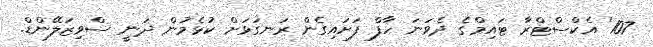
107' އެކްސްޓްރާ ޓައިމްގެ ދެވަނަ ހާފް ފަށައިގެން ރަނގަޅަށް ކުޅެމުން ދަނީ ސްވިޒަލޭންޑް.